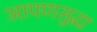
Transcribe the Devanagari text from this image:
आपणसुद्धा